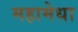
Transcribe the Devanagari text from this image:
महामेधा